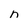
Character: n